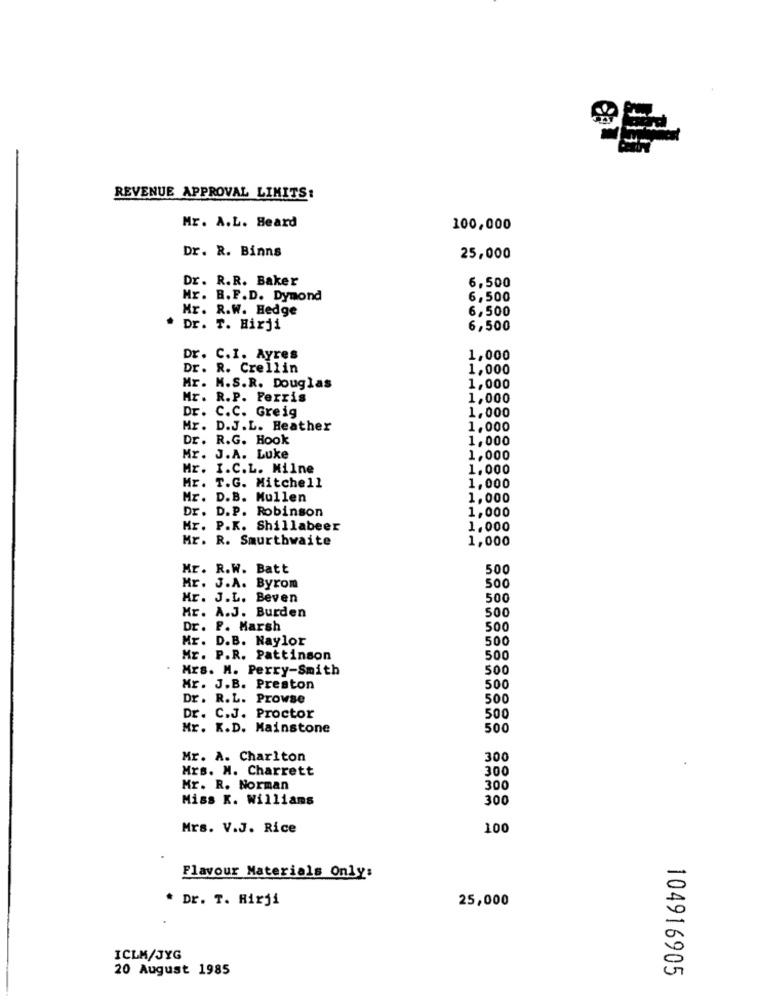
REVENUE APPROVAL LIMITS:
Mr. A.L. Beard
100,000
Dr. R. Binns
25,000
Dr. R.R. Baker
6,500
Mr. B.F.D. Dymond
6,500
Mr. R.W. Hedge
6,500
Dr. T. Hirji
6,500
Dr. C.I. Ayres
1,000
Dr. R. Crellin
1,000
Mr. M.S.R. Douglas
1,000
Mr. R.P. Ferris
1,000
Dr. C.C. Greig
1,000
Mr. D.J.L. Heather
1.000
Dr. R.G. Hook
1,000
Mr. J.A. Luke
1,000
Mr. I.C.L. Milne
1.000
Mr. T.G. Mitchell
1,000
Mr. D.B. Mullen
1,000
Dr. D.P. Robinson
1,000
Hr. P.K. Shillabeer
1.000
Mr. R. Smurthwaite
1,000
Mr. R.W. Batt
500
Mr. J.A. Byrom
500
Mr. J.L. Beven
500
Mr. A.J. Burden
500
Dr. F. Marsh
500
Mr. D.B. Naylor
500
Mr. P.R. Pattinson
500
Mrs. M. Perry-Smith
500
Mr. J.B. Preston
500
Dr. R.L. Prowse
500
Dr. C.J. Proctor
500
Mr. K.D. Mainstone
500
Mr. A. Charlton
300
Mrs. M. Charrett
300
Mr. R. Norman
300
Miss K. Williams
300
Mrs. V.J. Rice
100
Flavour Materials Only:
Dr. T. Rirji
25,000
ICLM/JYG
20 August 1985
104916905